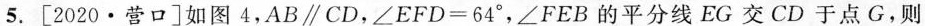
5.[2020·营口]如图4，$$A B \paralle C D$$，$$∠ E F D = 6 4°$$，∠FEB的平分线EG交CD于点G，则